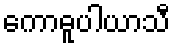
ကောဓူပါယာသီ